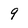
Character: 9